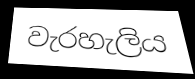
වැරහැලිය